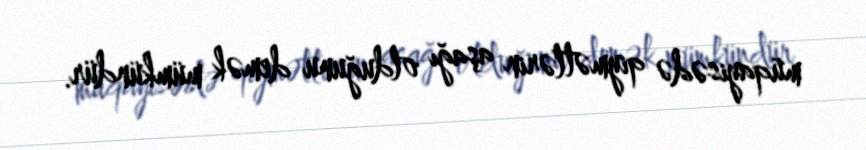
müqayisədə qiymətlərin aşağı olduğunu demək mümkündür.